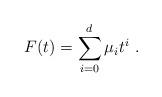
LaTeX: \begin{align*}F(t) = \sum_{i=0}^d \mu_i t^i\ .\end{align*}